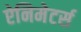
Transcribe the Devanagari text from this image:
ऐनिमेटर्स